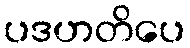
ပဒဟတိပေ